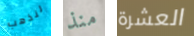
لنذهب منذ العشرة